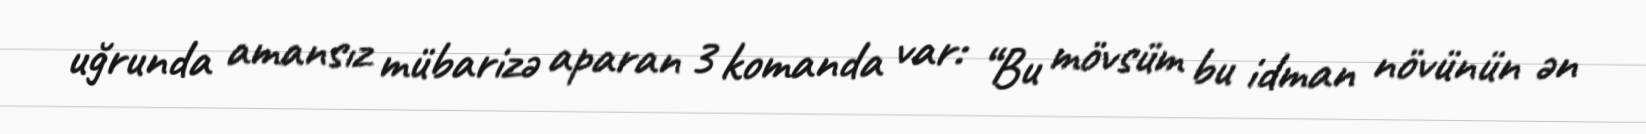
uğrunda amansız mübarizə aparan 3 komanda var: “Bu mövsüm bu idman növünün ən